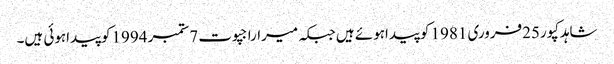
شاہدکپور25فروری 1981 کوپیداہوئے ہیں جبکہ میراراجپوت 7ستمبر 1994کوپیداہوئی ہیں۔